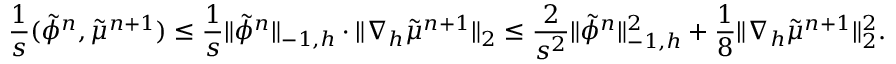
\frac { 1 } { s } ( \tilde { \phi } ^ { n } , \tilde { \mu } ^ { n + 1 } ) \leq \frac { 1 } { s } \| \tilde { \phi } ^ { n } \| _ { - 1 , h } \cdot \| \nabla _ { h } \tilde { \mu } ^ { n + 1 } \| _ { 2 } \leq \frac { 2 } { s ^ { 2 } } \| \tilde { \phi } ^ { n } \| _ { - 1 , h } ^ { 2 } + \frac { 1 } { 8 } \| \nabla _ { h } \tilde { \mu } ^ { n + 1 } \| _ { 2 } ^ { 2 } .